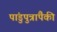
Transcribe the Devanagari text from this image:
पांडुपुत्रांपैकी